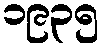
၁၉၃၅